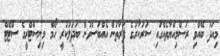
މިއަދު ބޭއްވި ރަސްމިއްޔާތެއްގައި ސަރުކާރުގެ ފަރާތުން އެއްބަސްވުން ބަދަލުކުރީ ހޯމް މިނިސްޓްރީގެ ސްޓޭޓް